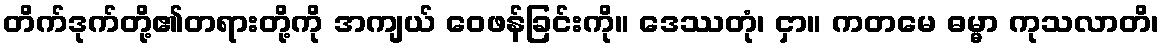
တိက်ဒုက်တို့၏တရားတို့ကို အကျယ် ဝေဖန်ခြင်းကို။ ဒေဿတုံ၊ ငှာ။ ကတမေ ဓမ္မာ ကုသလာတိ၊